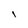
Character: I